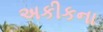
અકીકના